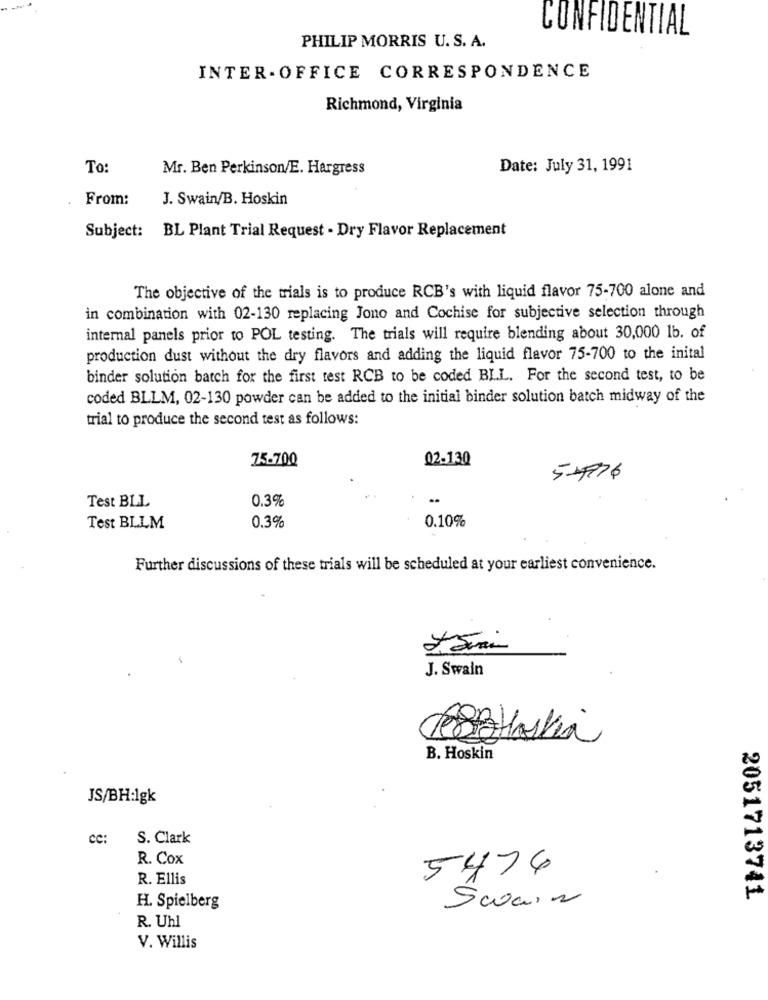
CONFIDENTIAL
PHILIP MORRIS U. S. A.
INTER - OFFICE CORRESPONDENCE
Richmond, Virginia
To:
Mr. Ben Perkinson/E. Hargress
Date: July 31, 1991
From:
J. Swain/B. Hoskin
Subject: BL Plant Trial Request - Dry Flavor Replacement
The objective of the trials is to produce RCB's with liquid flavor 75-700 alone and
in combination with 02-130 replacing Jono and Cochise for subjective selection through
internal panels prior to POL testing. The trials will require blending about 30,000 1b. of
production dust without the dry flavors and adding the liquid flavor 75-700 to the inital
binder solution batch for the first test RCB to be coded BLL. For the second test, to be
coded BLLM, 02-130 powder can be added to the initial binder solution batch midway of the
trial to produce the second test as follows:
75-700
02.130
5976
Test BLL
0.3%
0.10%
Test BLLM
0.3%
Further discussions of these trials will be scheduled at your earliest convenience.
J. Swain
B. Hoskin
JS/BH:lgk
CC:
S. Clark
R. Cox
5474
R. Ellis
2051713741
H. Spielberg
Swain
R. Uhl
V. Willis